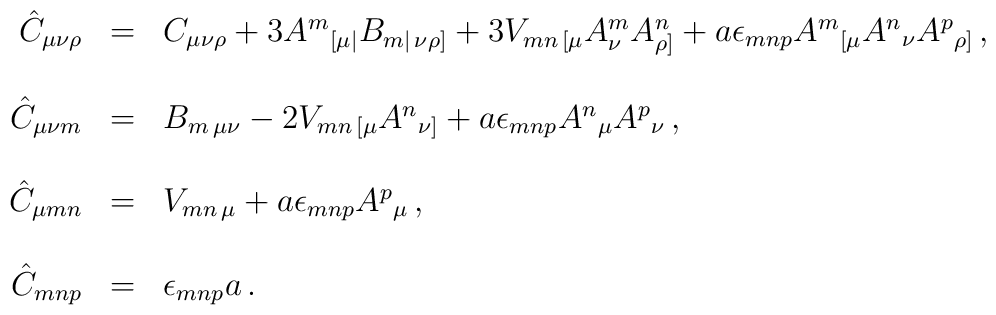
\begin{array}{rcl}\hat{C}_{\mu\nu\rho} & = & C_{\mu\nu\rho} +3A^{m}{}_{[\mu|}B_{m|\, \nu\rho]}+3V_{mn\, [\mu}A^{m}_{\nu}A^{n}_{\rho]}+a\epsilon_{mnp}A^{m}{}_{[\mu}A^{n}{}_{\nu}A^{p}{}_{\rho]}\, ,\\& & \\\hat{C}_{\mu\nu m} & = & B_{m\, \mu\nu} -2 V_{mn\, [\mu}A^{n}{}_{\nu]}+a \epsilon_{mnp}A^{n}{}_{\mu}A^{p}{}_{\nu}\, ,\\& & \\\hat{C}_{\mu mn} & = & V_{mn\, \mu} +a\epsilon_{mnp}A^{p}{}_{\mu}\, ,\\& & \\\hat{C}_{mnp} & = & \epsilon_{mnp} a\, .\\  \end{array}